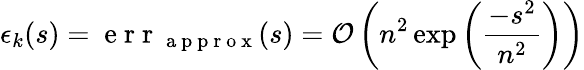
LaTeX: \epsilon_{k}(s)=\mathrm{~e~r~r~}_{\mathrm{~a~p~p~r~o~x~}}(s)=\mathcal{O}\left(n^{2}\exp\left(\frac{-s^{2}}{n^{2}}\right)\right)